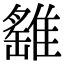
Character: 𩀘